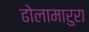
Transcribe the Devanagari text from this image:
ढोलामारुरा